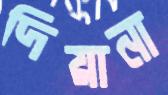
দিয়ানা